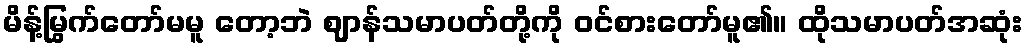
မိန့်မြွက်တော်မမူ တော့ဘဲ ဈာန်သမာပတ်တို့ကို ဝင်စားတော်မူ၏။ ထိုသမာပတ်အဆုံး